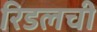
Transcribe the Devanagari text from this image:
रिडलची